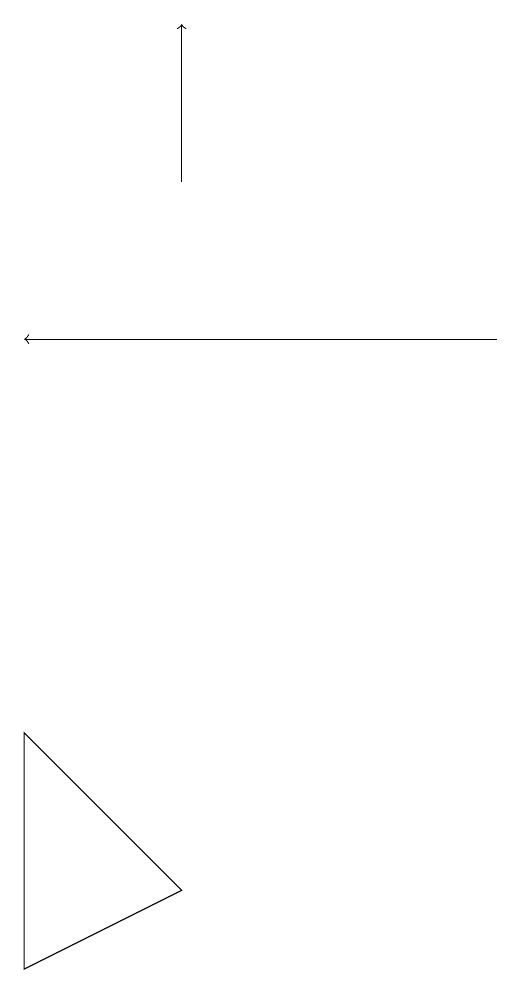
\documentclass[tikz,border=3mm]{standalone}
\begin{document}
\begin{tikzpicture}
\draw[->] (5,12) -- (5,14);
\draw[->] (9,10) -- (3,10);
\draw (3,2) -- (5,3) -- (3,5) -- cycle;
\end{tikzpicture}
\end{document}